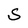
Character: S